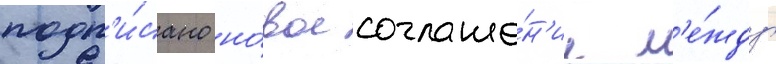
подп'и́сано но́вое соглаше́н'ие м'е́жду